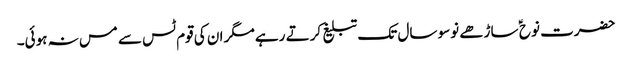
حضرت نوح ؑ ساڑھے نوسو سال تک تبلیغ کرتے رہے مگر ان کی قوم ٹس سے مس نہ ہوئی۔